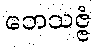
ဘေသဇ္ဇံ